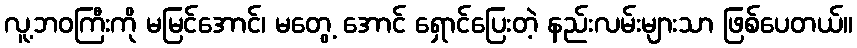
လူ့ဘဝကြီးကို မမြင်အောင်၊ မတွေ့ အောင် ရှောင်ပြေးတဲ့ နည်းလမ်းများသာ ဖြစ်ပေတယ်။